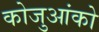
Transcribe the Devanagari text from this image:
कोजुआंको